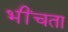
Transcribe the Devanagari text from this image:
भींचता